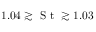
1 . 0 4 \gtrsim \textrm { S t } \gtrsim 1 . 0 3